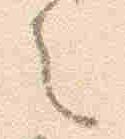
也